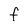
Character: f